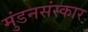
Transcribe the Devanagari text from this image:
मुंडनसंस्कार